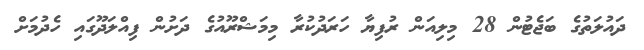
ދައުލަތުގެ ބަޖެޓުން 28 މިލިއަން ރުފިޔާ ހަރަދުކުރާ މިމަޝްރޫއުގެ ދަށުން ފިއްލަދޫގައި ހެދުމަށް